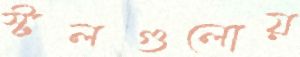
স্টলগুলোয়